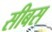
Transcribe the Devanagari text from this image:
सीबस